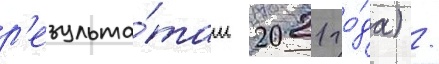
р'езульта́там 2021 го́да) /